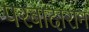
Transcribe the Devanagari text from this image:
परबांदारान